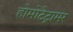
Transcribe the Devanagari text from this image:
होमोटेट्रामर